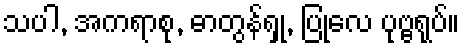
သပါ, အကရာစု, ဓာတွန်ရှု, ပြုလေ ပုဗ္ဗရုပ်။